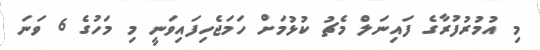
މި އުމުރުފުރާގެ ފައިނަލް މެޗު ކުޅުމަށް ހަމަޖެހިފައިވަނީ މި މަހުގެ 6 ވަނަ